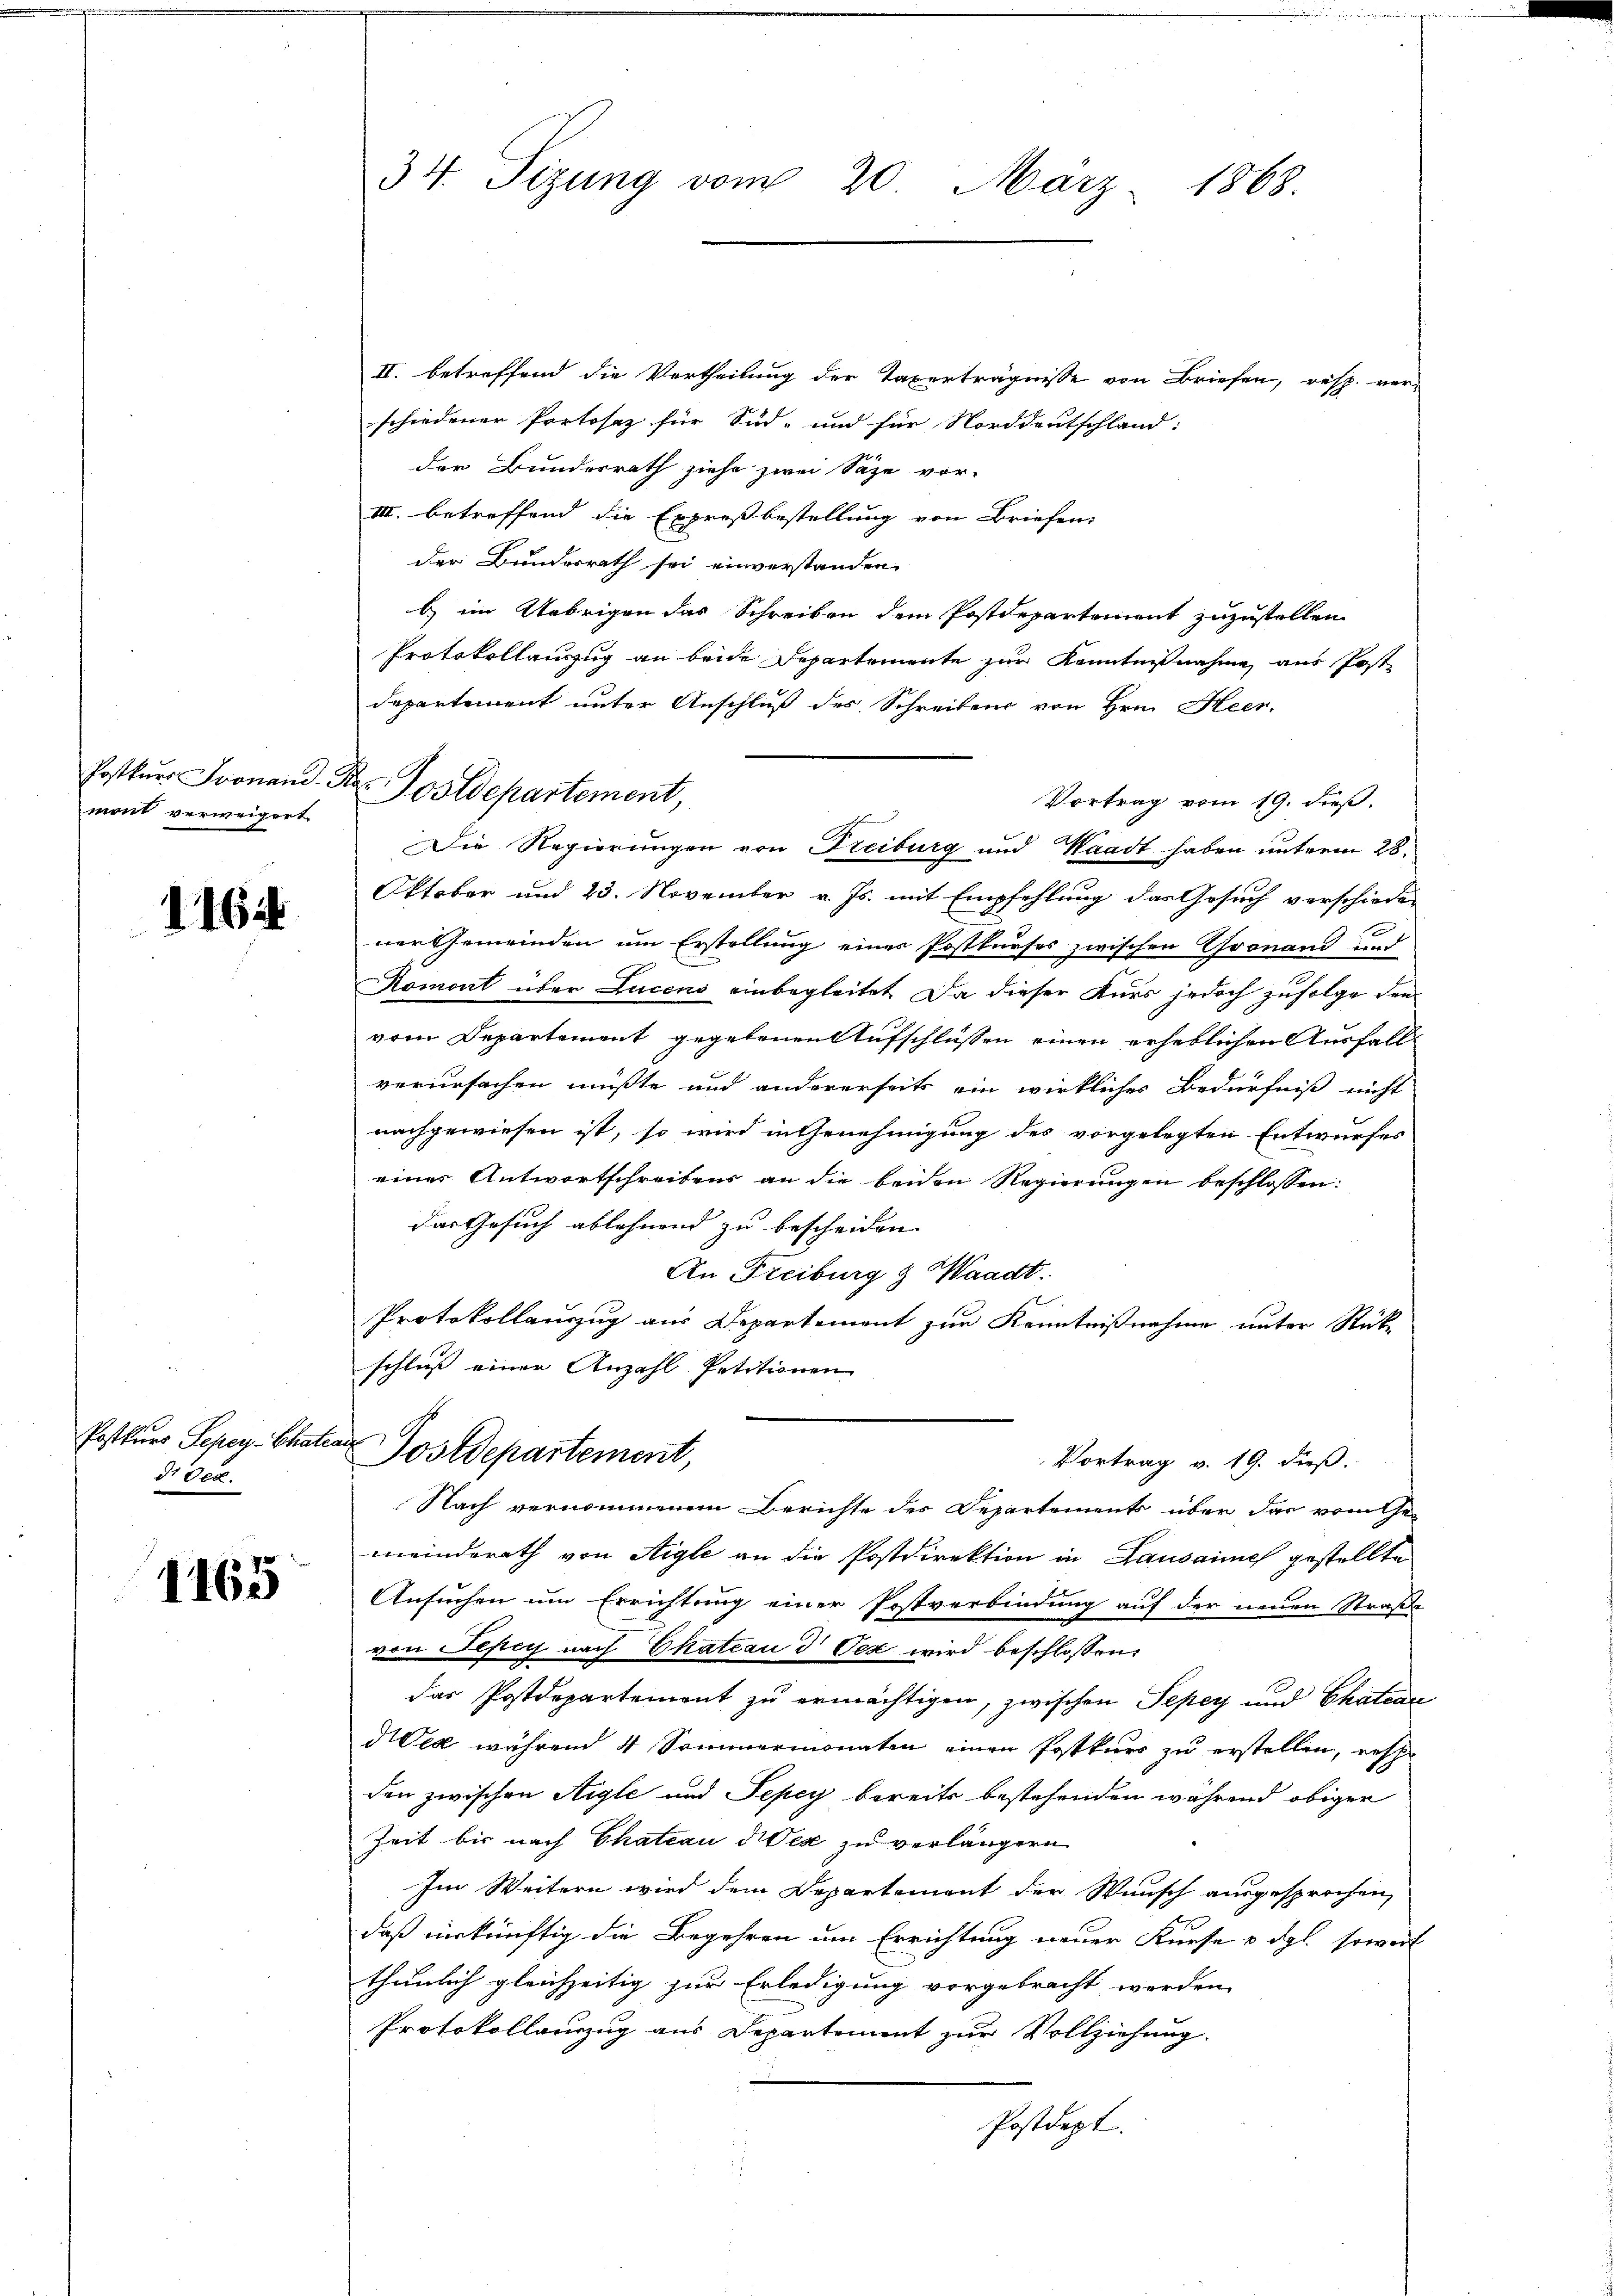
Ersteuer Fronand
mont verweigert.

1164

Postkurs Sepey-Chaten
diver

1165

34. Sizung vom 20. März 1868.

II. betreffend die Vertheilung der Taxerträgnisse von Briefen, resp. verschiedener Portosaz für Süd- und für Norddeutschland:
der Bundesrath ziehe zwei Säge vor-
III. betreffend die Expresbestellung von Briefen:
der Bundesrath sei einverstanden.
b im Uebrigen das Schreiben dem Postdepartement zuzustellen
Protokollauszug an beide Departemente zur Kenntnißnahme aus Post
departement unter Anschluß des Schreibens von Hrn. Heer.
Vortrag vom 19. dieß.
Oktober und 23. November v. Js. mit Empfehlung das Gesuch verschiede
ner Gemeinden um Erstellung eines Postkurses zwischen Gronand
Romont über Lucens einbegleitet. Da dieser Kurs jedoch zufolge den
vom Departement gegebenen Aufschlüssen einen erheblichen Ausfallverursachen müßte und andererseits ein wirkliches Bedürfniß nicht
nachgewiesen ist, so wird in Genehmigung des vorgelegten Entwurfes
eines Antwortschreibens an die beiden Regierungen beschlossen:
das Gesuch ablehnend zu bescheiden |
An Freiburg & Waadt.
Protokollauszug aus Departement zur Kenntnißnahme unter Rück-
schluß einer Anzahl Petitionen
G
¬
Postdepartement,
Vortrag v. 19. dieß.
Nach vernommenen Berichte des Departements über das vom Ge-
meinderath von Aigle an die Postdirektion in Lausammes gestellte
Ansuchen um Errichtung einer Postverbindung auf der neuen Straße
von Pepiy nach Ekation d Des wird beschlossen:
das Postdepartement zu ermächtigen, zwischen Peper und Chatene
dea während 4 Sommermonaten einen Postkurs zu erstellen, respe
den zwischen Aigle und Pepey bereits bestehenden während obiger
Zeit bis nach Chateau der zu verlängern
Im Weitern wird dem Departement der Wunsch ausgesprochen,
daß einkünftig die Begehren um Errichtung neuer Kurse & dgl. soweit
thunlich gleichzeitig zur Erledigung vorgebracht werden.
Protokollauszug aus Departement zur Vollziehung.
Postdept.

Dr. Postdepartement,
Die Regierungen von Freiburg und Waadt haben unterm 28.